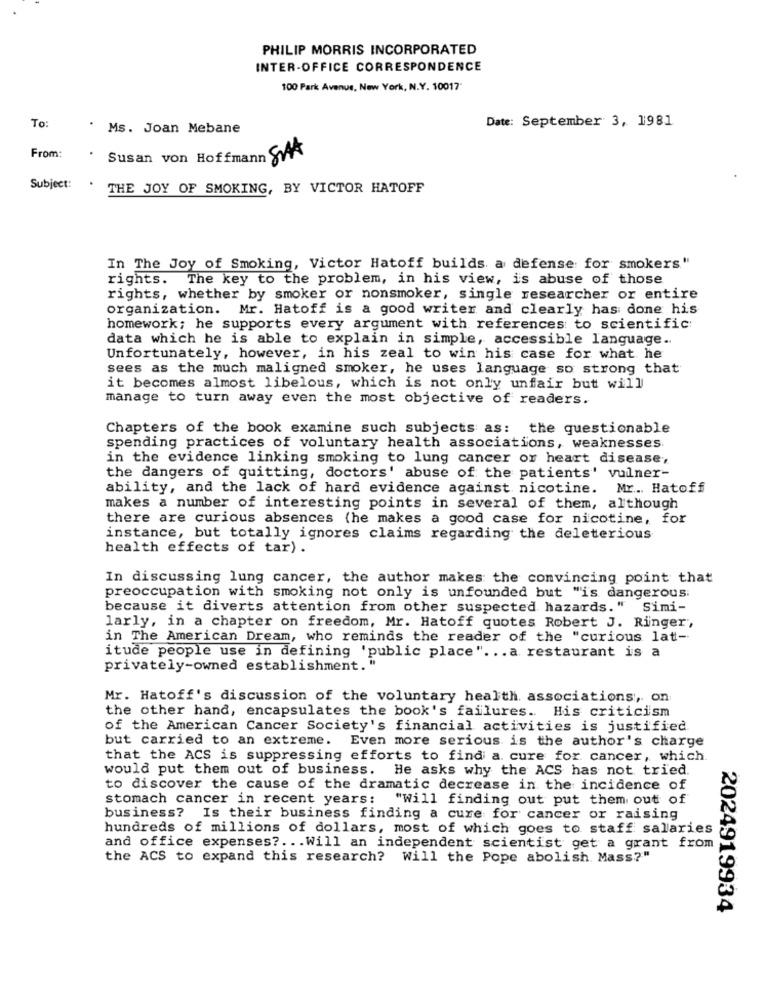
PHILIP MORRIS INCORPORATED
INTER-OFFICE CORRESPONDENCE
100 Park Avenue, New York, N.Y. 10017
To:
Date: September 3, 1981
.
Ms. Joan Mebane
From:
Susan von Hoffmann SAA
Subject:
THE JOY OF SMOKING, BY VICTOR HATOFF
In The Joy of Smoking, Victor Hatoff builds a defense for smokers"
rights. The key to the problem, in his view, is abuse of those
rights, whether by smoker or nonsmoker, single researcher or entire
organization. Mr. Hatoff is a good writer and clearly has done his
homework; he supports every argument with references to scientific:
data which he is able to explain in simple, accessible language ..
Unfortunately, however, in his zeal to win his case for what he
sees as the much maligned smoker, he uses language so strong that
it becomes almost libelous, which is not only unfair but will
manage to turn away even the most objective of readers.
Chapters of the book examine such subjects as: the questionable
spending practices of voluntary health associations, weaknesses
in the evidence linking smoking to lung cancer or heart disease,
the dangers of quitting, doctors' abuse of the patients' vulner-
ability, and the lack of hard evidence against nicotine. Mr. Hatoff
makes a number of interesting points in several of them, although
there are curious absences (he makes a good case for nicotine, for
instance, but totally ignores claims regarding the deleterious
health effects of tar) .
In discussing lung cancer, the author makes the convincing point that
preoccupation with smoking not only is unfounded but "is dangerous.
because it diverts attention from other suspected hazards." Simi-
larly, in a chapter on freedom, Mr. Hatoff quotes Robert J. Ringer',
in The American Dream, who reminds the reader of the "curious lat-
itude people use in defining 'public place" ... a restaurant is a
privately-owned establishment."
Mr. Hatoff's discussion of the voluntary health. associations, on
the other hand, encapsulates the book's failures .. His criticism
of the American Cancer Society's financial activities is justified
but carried to an extreme. Even more serious is the author's charge
that the ACS is suppressing efforts to find a cure for cancer, which.
would put them out of business. He asks why the ACS has not tried.
to discover the cause of the dramatic decrease in the incidence of
stomach cancer in recent years: "Will finding out put them out of
business? Is their business finding a cure for cancer or raising
hundreds of millions of dollars, most of which goes to staff salaries
and office expenses ?... Will an independent scientist get a grant from
the ACS to expand this research? Will the Pope abolish Mass?"
2024919934